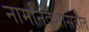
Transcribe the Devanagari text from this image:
नामनिर्देशासहीत